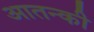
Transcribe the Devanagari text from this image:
आतन्की